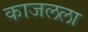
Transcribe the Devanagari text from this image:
काजलला